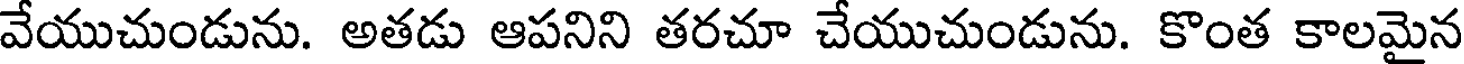
వేయుచుండును. అతడు ఆపనిని తరచూ చేయుచుండును. కొంత కాలమైన